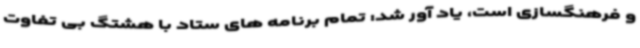
و فرهنگسازی است، یاد آور شد: تمام برنامه های ستاد با هشتگ بی تفاوت